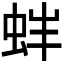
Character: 𧉳